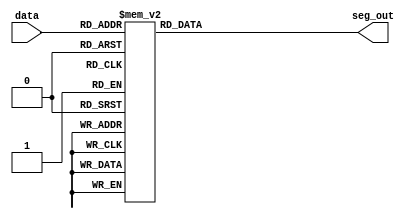
module DEC8SEG (
	input [3:0] data,
	output reg [7:0] seg_out
);

always@(data)
begin
	case(data)
		0: seg_out=8'b1111_1100;
		1: seg_out=8'b0110_0000;
		2: seg_out=8'b1101_1010;
		3: seg_out=8'b1111_0010;
		4: seg_out=8'b0110_0110;
		5: seg_out=8'b1011_0110;
		6: seg_out=8'b1011_1110;
		7: seg_out=8'b1110_0000;
		8: seg_out=8'b1111_1110;
		9: seg_out=8'b1110_0110;
		default: 
			seg_out=8'b0000_0001;	//En caso de falla (punto display)
	endcase
end
endmodule